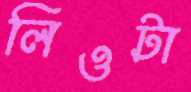
লিওটা